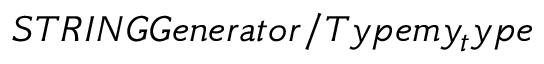
S T R I N G G e n e r a t o r / T y p e m y _ { t } y p e